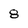
Character: 8